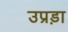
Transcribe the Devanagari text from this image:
उप्रड़ा